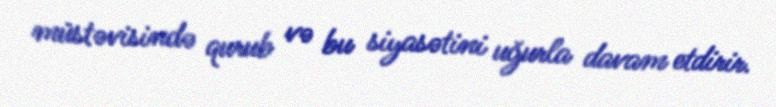
müstəvisində qurub və bu siyasətini uğurla davam etdirir.